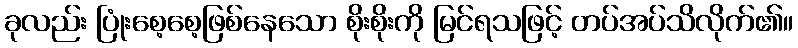
ခုလည်း ပြုံးစေ့စေ့ဖြစ်နေသော စိုးစိုးကို မြင်ရသဖြင့် တပ်အပ်သိလိုက်၏။